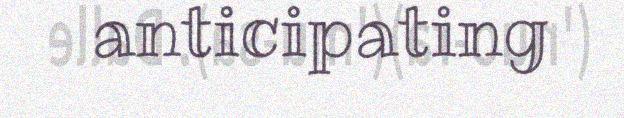
anticipating